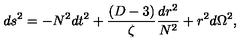
d s ^ { 2 } = - N ^ { 2 } d t ^ { 2 } + \frac { ( D - 3 ) } { \zeta } \frac { d r ^ { 2 } } { N ^ { 2 } } + r ^ { 2 } d \Omega ^ { 2 } ,